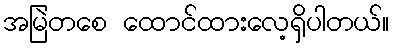
အမြဲတစေ ထောင်ထားလေ့ရှိပါတယ်။